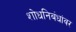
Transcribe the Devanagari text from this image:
शोधनिबंधांवर